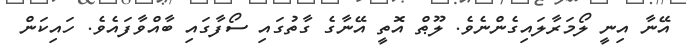
އޭނާ އިނީ ލޯމަރާލައިގެންނެވެ. ލޫޠް އޮތީ އޭނާގެ ގާތުގައި ސޯފާގައި ބާއްވާފައެވެ. ހައިކަން